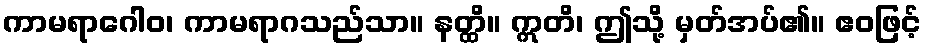
ကာမရာဂေါဝ၊ ကာမရာဂသည်သာ။ နတ္ထိ။ ဣတိ၊ ဤသို့ မှတ်အပ်၏။ ဧဝဖြင့်